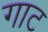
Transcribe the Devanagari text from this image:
गाट